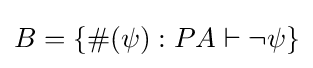
B=\{\#(\psi ):PA\vdash \lnot \psi \}